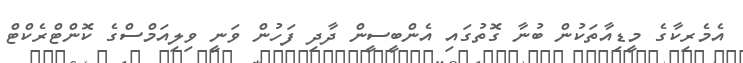
އެމެރިކާގެ މީޑިއާތަކުން ބުނާ ގޮތުގައި އެންބީސީން ދާދި ފަހުން ވަނީ ވިލިއަމްސްގެ ކޮންޓްރެކްޓް